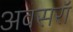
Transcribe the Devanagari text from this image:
अवसरॉ